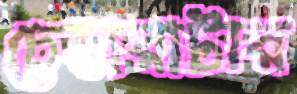
চেহারাটার